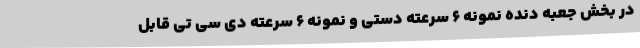
در بخش جعبه دنده نمونه 6 سرعته دستی و نمونه 6 سرعته دی سی تی قابل